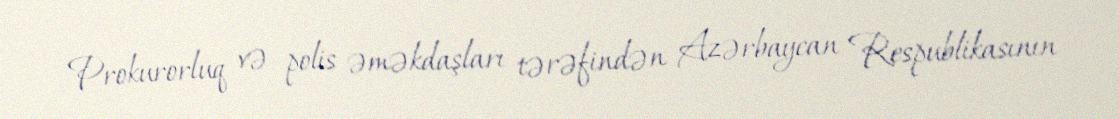
Prokurorluq və polis əməkdaşları tərəfindən Azərbaycan Respublikasının